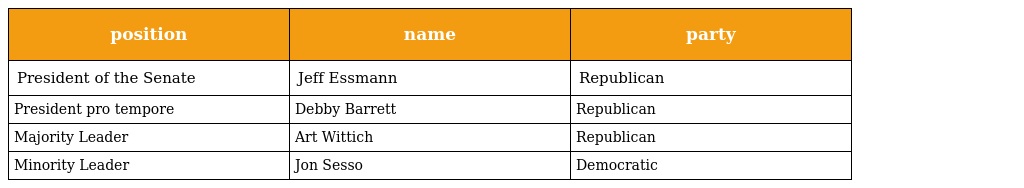
| position | name | party |
 | --- | --- | --- |
 | President of the Senate | Jeff Essmann | Republican |
 | President pro tempore | Debby Barrett | Republican |
 | Majority Leader | Art Wittich | Republican |
 | Minority Leader | Jon Sesso | Democratic |